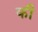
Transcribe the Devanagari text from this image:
की